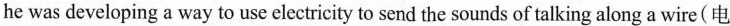
he was developing a way to use electricity to send the sounds of talking along a wire(电